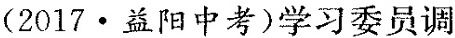
(2017·益阳中考)学习委员调